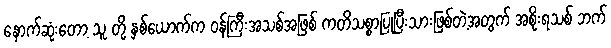
နောက်ဆုံးတော့ သူ တို့ နှစ်ယောက်က ဝန်ကြီးအသစ်အဖြစ် ကတိသစ္စာပြုပြီးသားဖြစ်တဲ့အတွက် အစိုးရသစ် ဘက်